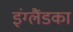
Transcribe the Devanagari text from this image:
इंग्लैंडका